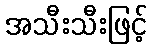
အသီးသီးဖြင့်